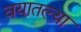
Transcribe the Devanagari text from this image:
वयातल्या